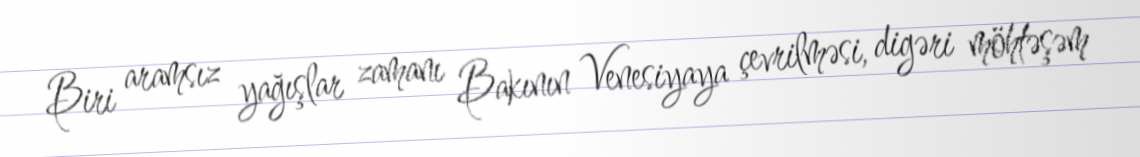
Biri aramsız yağışlar zamanı Bakının Venesiyaya çevrilməsi, digəri möhtəşəm